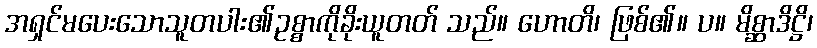
အရှင်မပေးသောသူတပါး၏ဥစ္စာကိုခိုးယူတတ် သည်။ ဟောတိ၊ ဖြစ်၏။ ပ။ မိစ္ဆာဒိဋ္ဌိ၊